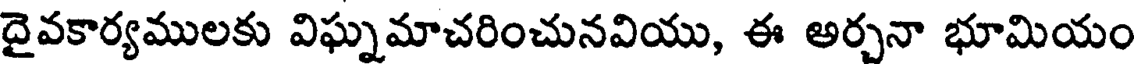
దైవకార్యములకు విఘ్నమాచరించునవియు, ఈ అర్చనా భూమియం